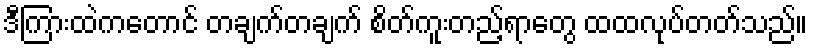
ဒီကြားထဲကတောင် တချက်တချက် စိတ်ကူးတည့်ရာတွေ ထထလုပ်တတ်သည်။